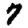
Digit: 7